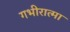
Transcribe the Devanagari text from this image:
गभीरात्मा